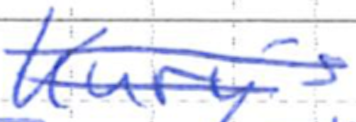
Text: Kury's
Cross-out: double-line
Writing tool: ballpoint